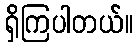
ရှိကြပါတယ်။